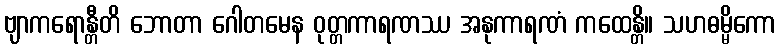
ဗျာကရောန္တီတိ ဘောတာ ဂေါတမေန ဝုတ္တကာရဏဿ အနုကာရဏံ ကထေန္တိ။ သဟဓမ္မိကော